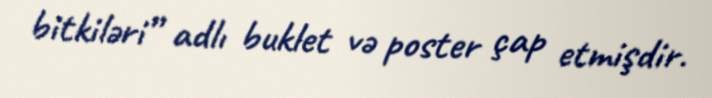
bitkiləri” adlı buklet və poster çap etmişdir.